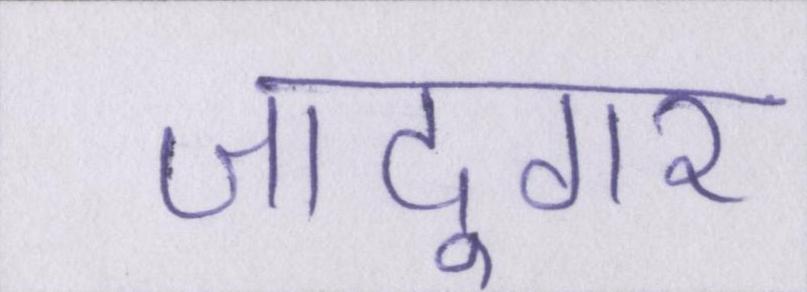
जादूगर